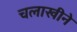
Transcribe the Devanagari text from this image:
चलाखीने